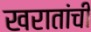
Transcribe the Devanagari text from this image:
खरातांची